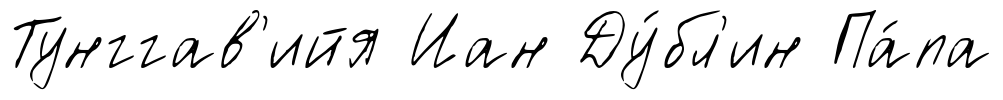
Тунггав'ийя Иан Ду́бл'ин Па́па